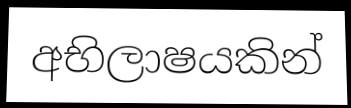
අභිලාෂයකින්